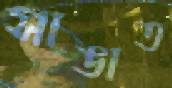
সাঙাত